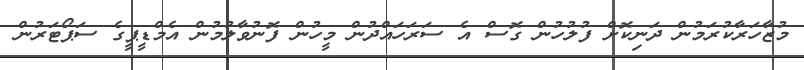
މުޒާހަރާކުރަމުން ދަނިކޮށް ފުލުހުން ގޮސް އެ ސަރަހައްދުން މީހުން ފޮނުވާލުމުން އެމްޑީޕީގެ ސަޕޯޓަރުން